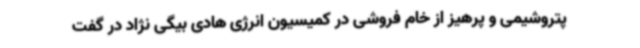
پتروشیمی و پرهیز از خام فروشی در کمیسیون انرژی هادی بیگی نژاد در گفت